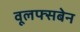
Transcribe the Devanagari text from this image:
वूलफ्सबेन